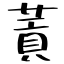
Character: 䔈